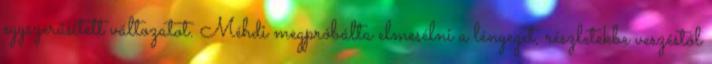
egyszerűsített változatot. Méhdi megpróbálta elmesélni a lényeget, részletekbe veszéstől